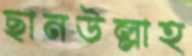
ছানউল্লাহ